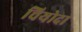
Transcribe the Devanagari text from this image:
चियोदा